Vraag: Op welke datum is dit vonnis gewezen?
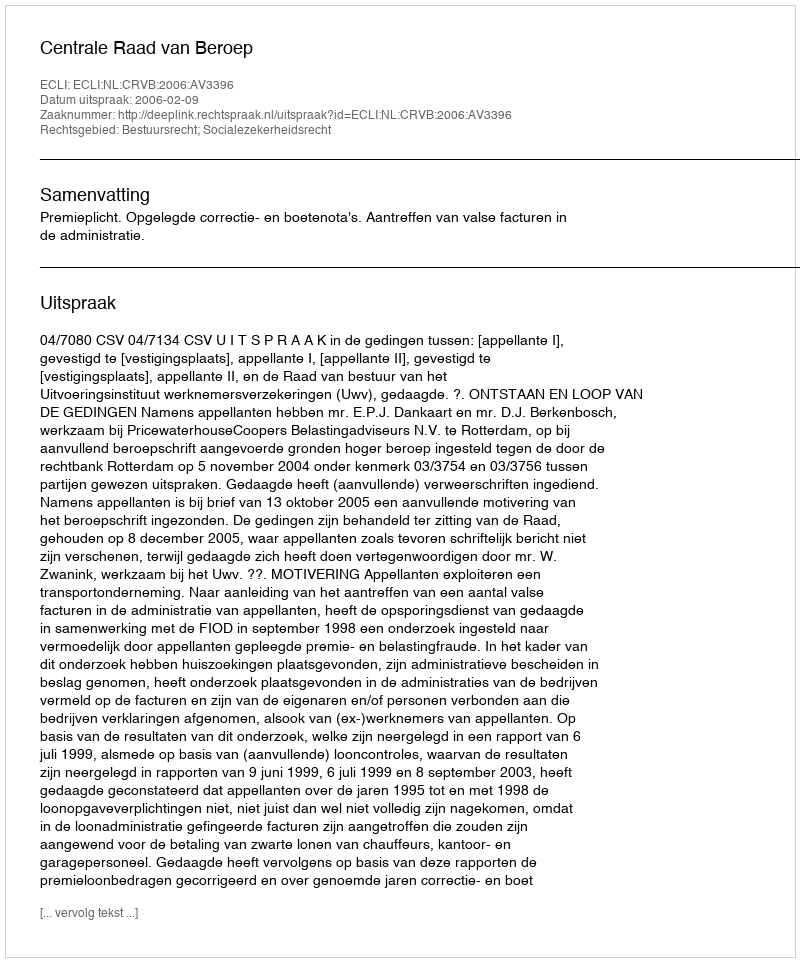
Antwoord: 2006-02-09